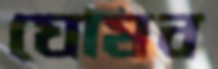
ঘোষব